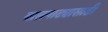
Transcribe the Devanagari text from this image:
बालनाट्यासाठी